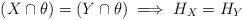
LaTeX: \begin{align*} (X \cap \theta) = (Y \cap \theta) \implies H_X = H_Y\end{align*}